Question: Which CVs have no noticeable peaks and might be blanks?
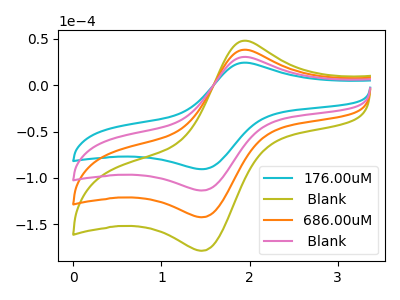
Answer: <think>The cyan curve "176.00uM" has an anodic peak at (1.95V, 24.30uA) and a cathodic peak at (1.45V, -90.65uA). The olive curve " Blank" has an anodic peak at (1.95V, 91.50uA) and a cathodic peak at (1.45V, -341.00uA). The orange curve "686.00uM" has an anodic peak at (1.95V, 61.00uA) and a cathodic peak at (1.45V, -227.35uA). The pink curve " Blank" has an anodic peak at (1.95V, 30.50uA) and a cathodic peak at (1.45V, -113.65uA).</think>
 <answer>There are not any CV's on this graph that are likely to be blanks.</answer>
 <eval>none</eval>